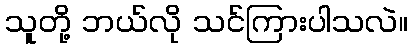
သူတို့ ဘယ်လို သင်ကြားပါသလဲ။